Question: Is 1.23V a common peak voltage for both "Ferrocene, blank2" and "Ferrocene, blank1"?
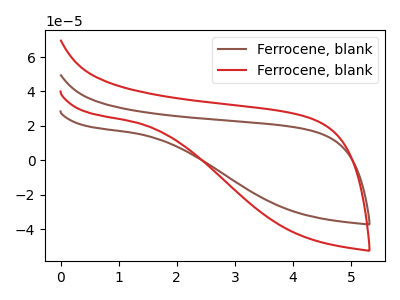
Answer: <think>The brown curve "Ferrocene, blank1" has no peaks. The red curve "Ferrocene, blank2" has no peaks.</think>
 <answer>No, "Ferrocene, blank2" and "Ferrocene, blank1" dont share a peak at 1.23V.</answer>
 <eval>mismatch</eval>